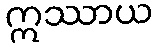
ဣဿာယ